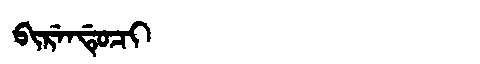
Manchu: ᠪᡳᡵᡝᠨᡩᡠᠴᡳ
Romanization: BIRENDUCI